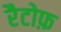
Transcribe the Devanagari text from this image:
रैटोफ़